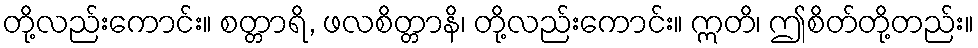
တို့လည်းကောင်း။ စတ္တာရိ, ဖလစိတ္တာနိ၊ တို့လည်းကောင်း။ ဣတိ၊ ဤစိတ်တို့တည်း။